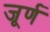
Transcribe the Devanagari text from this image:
जूर्ण